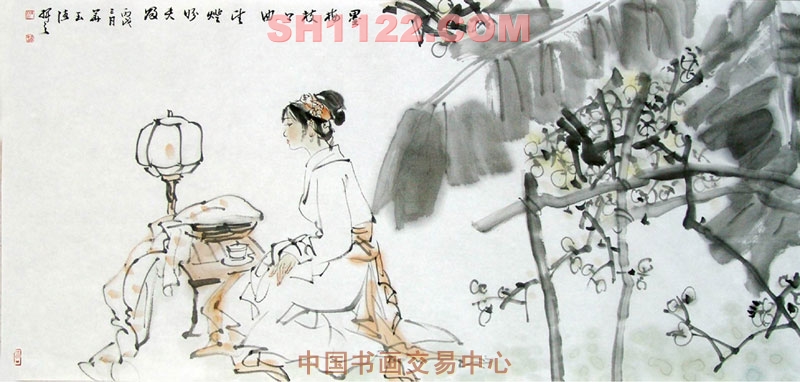
自从一闭风光后，几度飞来不见人。